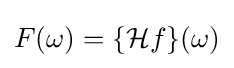
F(\omega )=\{{\mathcal {H}}f\}(\omega )